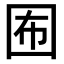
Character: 𡇊